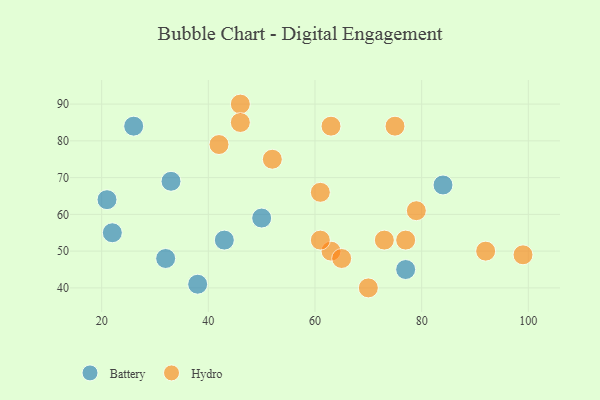
{"axis": {"x": "GDP", "y": "Life Expectancy"}, "legend": ["Battery", "Hydro"], "data": [{"x": "84", "y": 68, "type": "Battery"}, {"x": "38", "y": 41, "type": "Battery"}, {"x": "26", "y": 84, "type": "Battery"}, {"x": "33", "y": 69, "type": "Battery"}, {"x": "21", "y": 64, "type": "Battery"}, {"x": "50", "y": 59, "type": "Battery"}, {"x": "32", "y": 48, "type": "Battery"}, {"x": "77", "y": 45, "type": "Battery"}, {"x": "22", "y": 55, "type": "Battery"}, {"x": "43", "y": 53, "type": "Battery"}, {"x": "52", "y": 75, "type": "Hydro"}, {"x": "63", "y": 84, "type": "Hydro"}, {"x": "63", "y": 50, "type": "Hydro"}, {"x": "61", "y": 53, "type": "Hydro"}, {"x": "42", "y": 79, "type": "Hydro"}, {"x": "73", "y": 53, "type": "Hydro"}, {"x": "92", "y": 50, "type": "Hydro"}, {"x": "46", "y": 90, "type": "Hydro"}, {"x": "70", "y": 40, "type": "Hydro"}, {"x": "99", "y": 49, "type": "Hydro"}, {"x": "61", "y": 66, "type": "Hydro"}, {"x": "77", "y": 53, "type": "Hydro"}, {"x": "79", "y": 61, "type": "Hydro"}, {"x": "65", "y": 48, "type": "Hydro"}, {"x": "46", "y": 85, "type": "Hydro"}, {"x": "75", "y": 84, "type": "Hydro"}]}